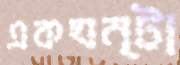
একঘন্টা